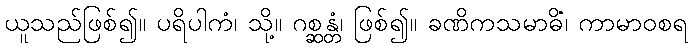
ယူသည်ဖြစ်၍။ ပရိပါကံ၊ သို့။ ဂစ္ဆန္တံ၊ ဖြစ်၍။ ခဏိကသမာဓိံ၊ ကာမာဝစရ